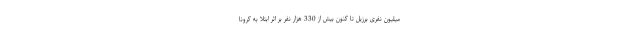
میلیون نفری برزیل تا کنون بیش از 330 هزار نفر بر اثر ابتلا به کرونا